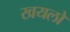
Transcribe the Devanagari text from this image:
खयलों